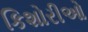
કિશોરીઓ